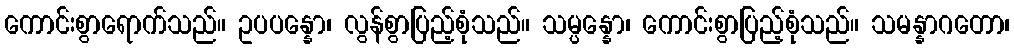
ကောင်းစွာရောက်သည်။ ဥပပန္နော၊ လွန်စွာပြည့်စုံသည်။ သမ္ပန္နော၊ ကောင်းစွာပြည့်စုံသည်။ သမန္နာဂတော၊